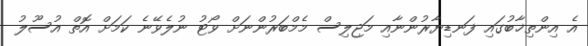
އެ އިންތިޚާބުގައި ފަނޑިޔާރުންނާއި މަޖިލިސް މެމްބަރުންނަށް ވޯޓު ނުލެވޭނެ ކަމަށް އޮތް އުސޫލު